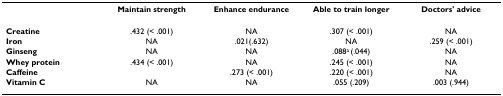
<table><thead><tr><td></td><td><b>Maintain strength</b></td><td><b>Enhance endurance</b></td><td><b>Able to train longer</b></td><td><b>Doctors&#x27; advice</b></td></tr></thead><tbody><tr><td><b>Creatine</b></td><td>.432 (&lt; .001)</td><td>NA</td><td>.307 (&lt; .001)</td><td>NA</td></tr><tr><td><b>Iron</b></td><td>NA</td><td>.021(.632)</td><td>NA</td><td>.259 (&lt; .001)</td></tr><tr><td><b>Ginseng</b></td><td>NA</td><td>NA</td><td>.088<sup>a </sup>(.044)</td><td>NA</td></tr><tr><td><b>Whey protein</b></td><td>.434 (&lt; .001)</td><td>NA</td><td>.245 (&lt; .001)</td><td>NA</td></tr><tr><td><b>Caffeine</b></td><td></td><td>.273 (&lt; .001)</td><td>.220 (&lt; .001)</td><td>NA</td></tr><tr><td><b>Vitamin C</b></td><td>NA</td><td>NA</td><td>.055 (.209)</td><td>.003 (.944)</td></tr></tbody></table>